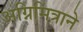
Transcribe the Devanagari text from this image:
अग्निमित्राने